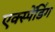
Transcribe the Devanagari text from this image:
एक्स्पेंडिंग